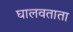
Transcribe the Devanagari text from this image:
घालवताता